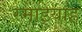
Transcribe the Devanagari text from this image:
रमाइयाह